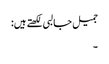
جمیل جالبی لکھتے ہیں:
۔